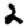
Digit: 2